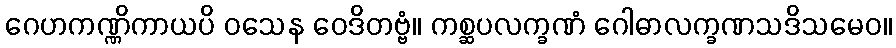
ဂေဟကဏ္ဏိကာယပိ ဝသေန ဝေဒိတဗ္ဗံ။ ကစ္ဆပလက္ခဏံ ဂေါဓာလက္ခဏသဒိသမေဝ။